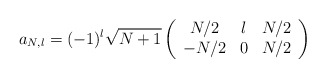
\begin{align*}a_{N,l}=(-1)^l\sqrt{N+1}\left(\begin{array}{ccc} N/2 & l& N/2\\ -N/2& 0& N/2 \end{array} \right)\end{align*}